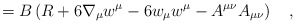
\begin{align*}=B\left(R+6\nabla_\mu w^\mu-6w_\mu w^\mu-A^{\mu\nu}A_{\mu\nu}\right)~~~,\end{align*}